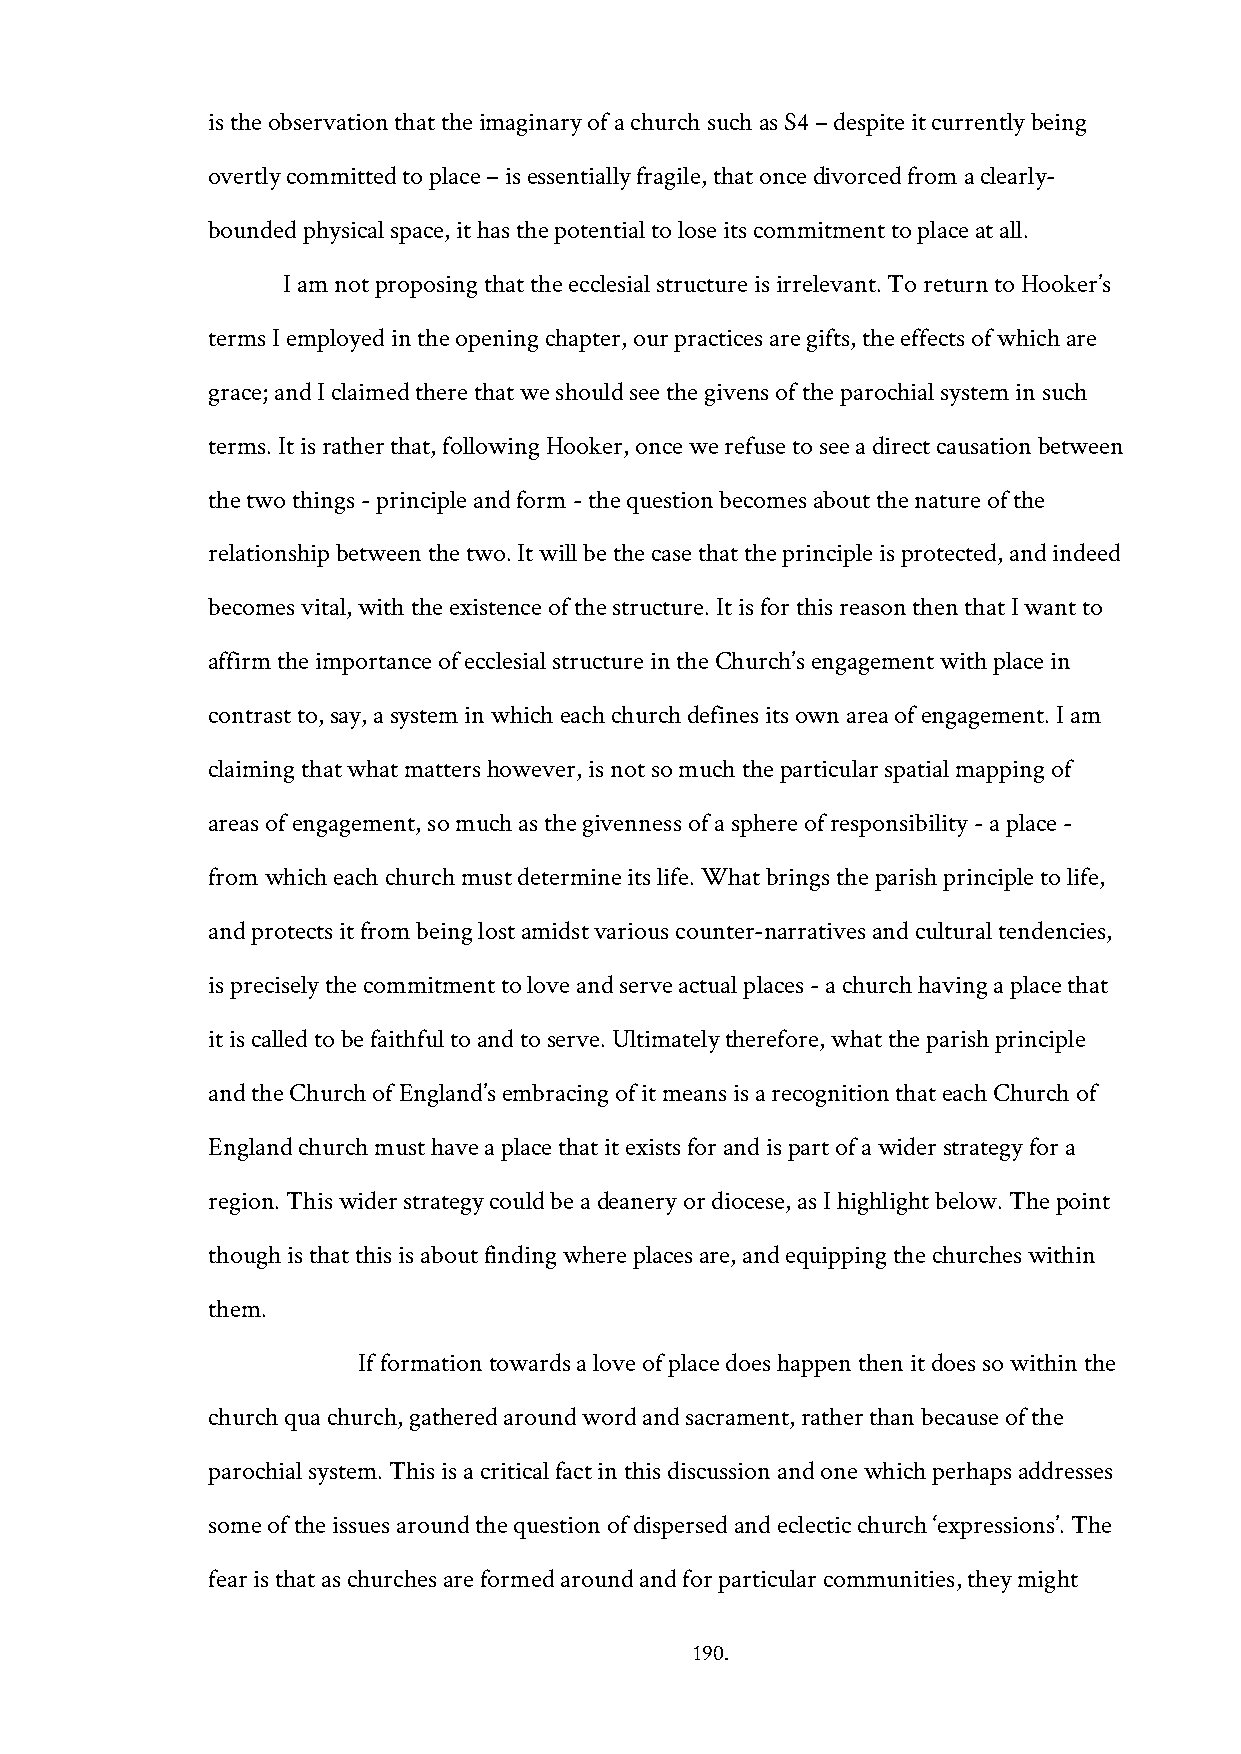
is the observation that the imaginary of a church such as S4 – despite it currently being
 overtly committed to place – is essentially fragile, that once divorced from a clearly-
 bounded physical space, it has the potential to lose its commitment to place at all.
 I am not proposing that the ecclesial structure is irrelevant. To return to Hooker’s
 terms I employed in the opening chapter, our practices are gifts, the effects of which are
 grace; and I claimed there that we should see the givens of the parochial system in such
 terms. It is rather that, following Hooker, once we refuse to see a direct causation between
 the two things - principle and form - the question becomes about the nature of the
 relationship between the two. It will be the case that the principle is protected, and indeed
 becomes vital, with the existence of the structure. It is for this reason then that I want to
 affirm the importance of ecclesial structure in the Church’s engagement with place in
 contrast to, say, a system in which each church defines its own area of engagement. I am
 claiming that what matters however, is not so much the particular spatial mapping of
 areas of engagement, so much as the givenness of a sphere of responsibility - a place -
 from which each church must determine its life. What brings the parish principle to life,
 and protects it from being lost amidst various counter-narratives and cultural tendencies,
 is precisely the commitment to love and serve actual places - a church having a place that
 it is called to be faithful to and to serve. Ultimately therefore, what the parish principle
 and the Church of England’s embracing of it means is a recognition that each Church of
 England church must have a place that it exists for and is part of a wider strategy for a
 region. This wider strategy could be a deanery or diocese, as I highlight below. The point
 though is that this is about finding where places are, and equipping the churches within
 them.
 If formation towards a love of place does happen then it does so within the
 church qua church, gathered around word and sacrament, rather than because of the
 parochial system. This is a critical fact in this discussion and one which perhaps addresses
 some of the issues around the question of dispersed and eclectic church ‘expressions’. The
 fear is that as churches are formed around and for particular communities, they might
 190.